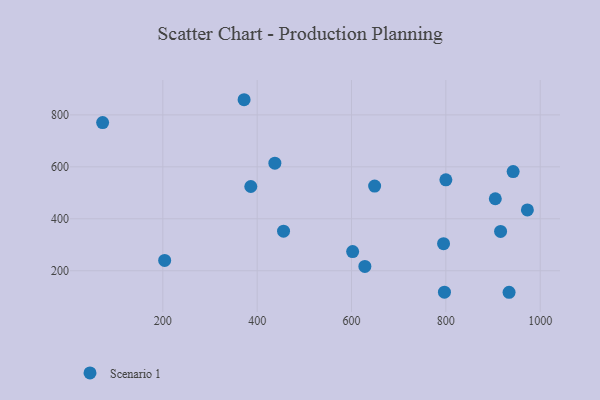
{"axis": {"x": "Speed", "y": "Exam Score"}, "legend": ["Scenario 1"], "data": [{"x": "628.3", "y": 216.6, "type": "Scenario 1"}, {"x": "916.0", "y": 351.6, "type": "Scenario 1"}, {"x": "602.4", "y": 273.7, "type": "Scenario 1"}, {"x": "455.9", "y": 352.3, "type": "Scenario 1"}, {"x": "797.0", "y": 117.4, "type": "Scenario 1"}, {"x": "942.6", "y": 581.9, "type": "Scenario 1"}, {"x": "203.9", "y": 239.9, "type": "Scenario 1"}, {"x": "72.4", "y": 770.5, "type": "Scenario 1"}, {"x": "649.0", "y": 526.0, "type": "Scenario 1"}, {"x": "386.5", "y": 524.4, "type": "Scenario 1"}, {"x": "904.8", "y": 477.3, "type": "Scenario 1"}, {"x": "972.8", "y": 434.2, "type": "Scenario 1"}, {"x": "934.0", "y": 117.2, "type": "Scenario 1"}, {"x": "372.3", "y": 858.4, "type": "Scenario 1"}, {"x": "437.5", "y": 614.1, "type": "Scenario 1"}, {"x": "800.0", "y": 550.1, "type": "Scenario 1"}, {"x": "795.1", "y": 304.2, "type": "Scenario 1"}]}